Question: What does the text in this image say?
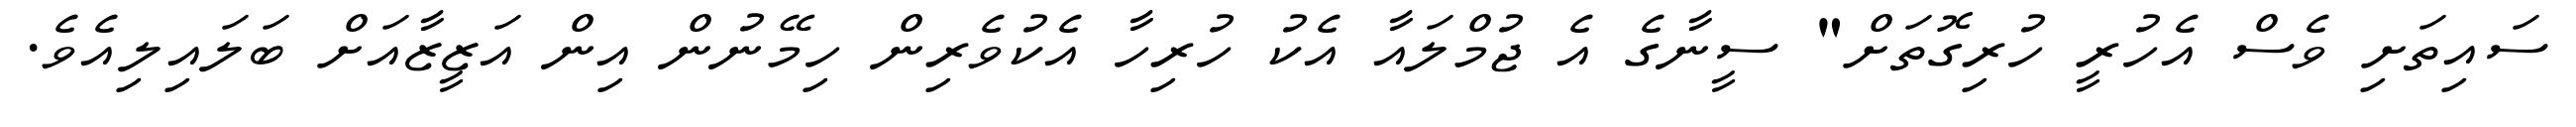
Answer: ސައިތަށި ވެސް އެހުރީ ހުރިގޮތަށް" ސީނާގެ އެ ޖުމްލައާ އެކު ހުރިހާ އެކުވެރިން ހިމޭނުން އިން އަޒީޒާއަށް ބަލައިލިއެވެ.